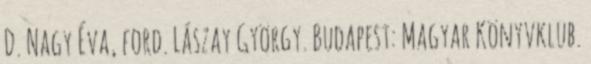
D. Nagy Éva, ford. Lászay György. Budapest: Magyar Könyvklub.